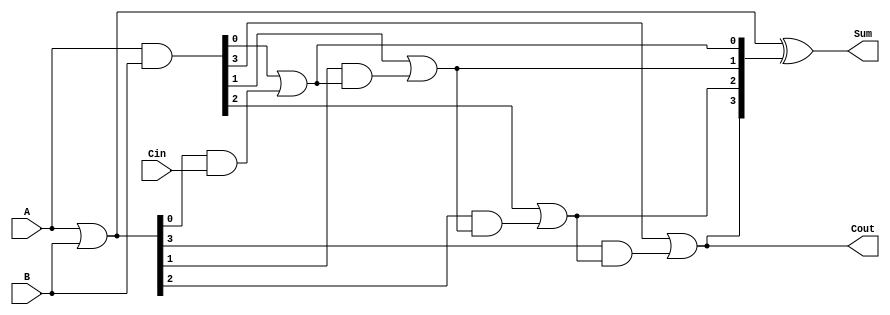
module CILA #(
    parameter N = 4  // Parameter for n-bit width, adjustable as needed
) (
    input [N-1:0] A,      // First operand
    input [N-1:0] B,      // Second operand
    input Cin,            // Carry input
    output [N-1:0] Sum,   // Sum output
    output Cout           // Carry output
);

    // Generate and Propagate signals
    wire [N-1:0] G;  // Generate
    wire [N-1:0] P;  // Propagate
    wire [N:0] C;    // Carry signals

    // Generate and Propagate logic
    assign G = A & B;       // G[i] = A[i] & B[i]
    assign P = A | B;       // P[i] = A[i] | B[i]

    // Carry logic using lookahead
    assign C[0] = Cin;                             // C[0] = Cin
    generate
        genvar i;
        for (i = 0; i < N; i = i + 1) begin : carry_gen
            if (i == 0) begin
                assign C[i + 1] = G[i] | (P[i] & C[i]); // C[1]
            end else begin
                assign C[i + 1] = G[i] | (P[i] & C[i]); // C[i + 1]
            end
        end
    endgenerate

    // Sum calculation
    assign Sum = P ^ C[N:1];  // Sum[i] = P[i]  C[i]

    // Final carry output
    assign Cout = C[N];       // Cout = C[n]

endmodule